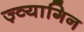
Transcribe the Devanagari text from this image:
ज़्व्यागिन